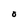
Character: O